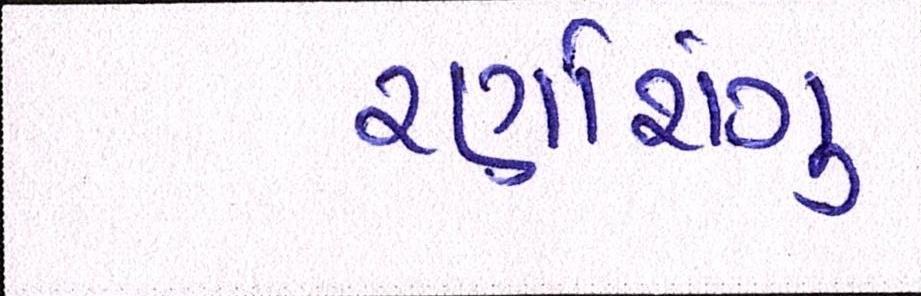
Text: રણશિંગુ